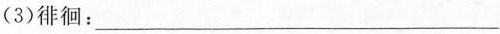
(3)徘徊：___